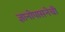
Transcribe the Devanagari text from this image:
ज्ञानोपासनेची